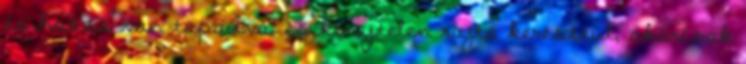
és hozzá van tapadva, és kénytelen rajta keresztül, akárcsak